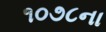
૧૦૭૮ના